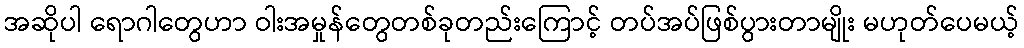
အဆိုပါ ရောဂါတွေဟာ ဝါးအမှုန်တွေတစ်ခုတည်းကြောင့် တပ်အပ်ဖြစ်ပွားတာမျိုး မဟုတ်ပေမယ့်